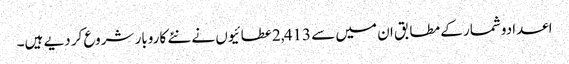
اعدادوشمار کے مطابق ان میں سے 2,413عطائیوں نے نئے کاروبار شروع کر دیے ہیں۔